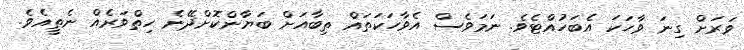
ވަރަށް ގިނަ ވާހަކަ އެބަހުއްޓެވެ. ނަމަވެސް އެވާހަކަތައް ތިބާއަށް ބަޔާންކޮށްދޭނެ ހިތްވަރެއް ނެތީއެވެ.